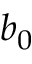
b _ { 0 }